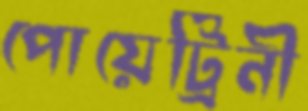
পোয়েট্রিনী